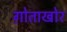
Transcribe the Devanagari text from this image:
ग़ोताखोर